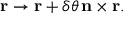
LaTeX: \mathbf { r } \rightarrow \mathbf { r } + \delta \theta \, \mathbf { n } \times \mathbf { r } .